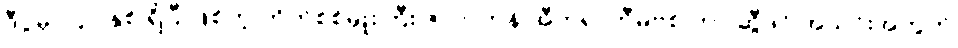
ဒီပွဲမှာ ၄၁ နှစ် ရှိပြီ ဖြစ်တဲ့ တိုက်စစ်မှူးကြီး ဇလာတန် အီဘရာဟီမိုဗစ် ဟာ ဆွီဒင် အသင်းအတွက်